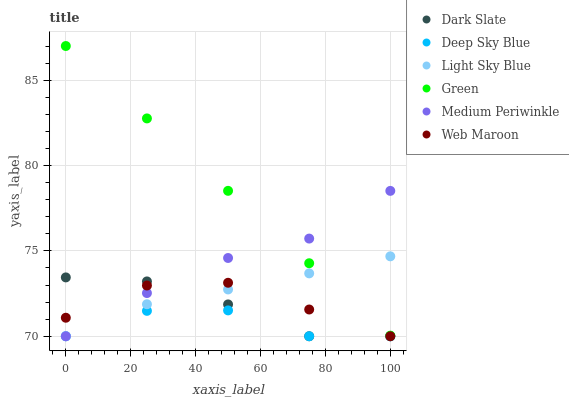
| xaxis_label | Dark Slate | Deep Sky Blue | Light Sky Blue | Green | Medium Periwinkle | Web Maroon |
 | --- | --- | --- | --- | --- | --- | --- |
 | 0 | 73.4 | 70 | 70 | 87 | 70 | 71.1 |
 | 25 | 73.2 | 71.5 | 71.9 | 82.8 | 72.5 | 73 |
 | 50 | 71.9 | 71.5 | 72.7 | 78.5 | 74.6 | 73.1 |
 | 75 | 70 | 70 | 73.7 | 74.3 | 75.7 | 71.6 |
 | 100 | 70 | 70 | 74.7 | 70 | 78.5 | 70 |